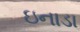
ઇનાડા